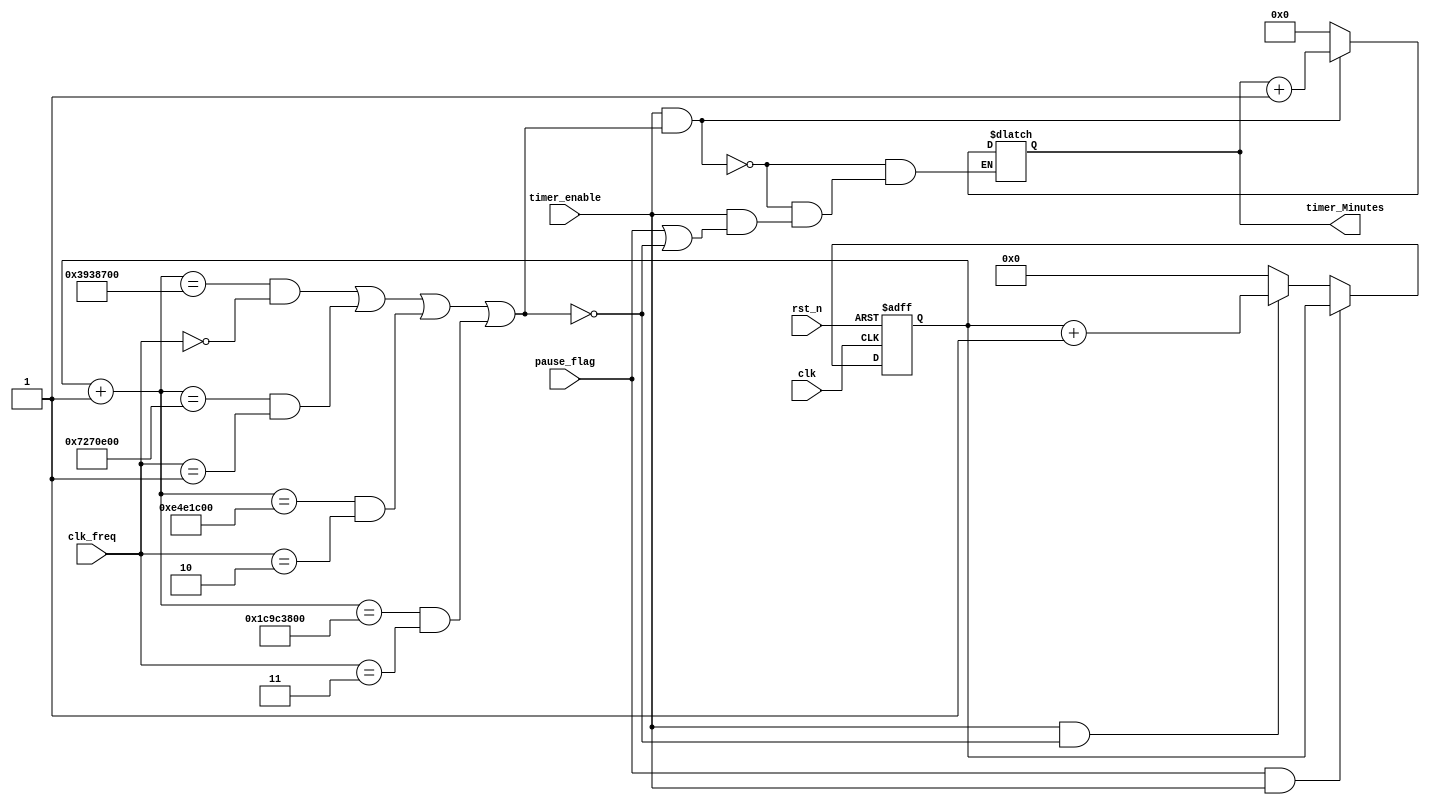
module timer #(parameter WIDTH=29 , 
               parameter final_value_1_mega_hz = 'd60*(10**6),  // to count 1 minute , product 60 second by frequency 
               parameter final_value_2_mega_hz = 'd60*2*(10**6),   
               parameter final_value_4_mega_hz = 'd60*4*(10**6),    
               parameter final_value_8_mega_hz = 'd60*8*(10**6)) (
   
    input  wire             clk,
    input  wire             rst_n,
    input  wire   [1:0]     clk_freq,
    input  wire             timer_enable,
    input  wire             pause_flag,
    output reg    [4:0]     timer_Minutes  //5 bits because it count the minutes from 1 to 32 minutes but max minutes in my code is 17 minutes
);




               

 reg  [WIDTH-1:0]     edges_counter_internal; //counter for edges that incremented by 1 every active edge for clock 
 reg  [WIDTH-1:0]     edges_counter;         //this register for make edges_counter_internal is reg
 wire                 final_value_flag;      //declare a flag to control the counter  

 


// decalare counter with active low  reset 
 always @(posedge clk or negedge rst_n)
  begin
    if (!rst_n)
     begin
      edges_counter<='b0; 
     end 
    else 
     begin
      edges_counter<=edges_counter_internal;
     end
  end
// always block to declare rtl of counter to count one second depend on frequency
// 1-the counter will pause only if the machine is on and the flag of pause is asserted
// 2-the counter will increment till  final_value_flag is asserted which mean the counts of one minute is done (equation is 60 * frequency = 1 minute)
// 3-if no pause and the counter reach final value to calcualte second so it will reset again to zero to calculate a new second 
    always @(*) 
     begin
        if (pause_flag&&timer_enable)  
         begin
          edges_counter_internal=edges_counter;
         end
        else  if(timer_enable&&!final_value_flag) 
         begin
          edges_counter_internal=edges_counter+1'b1;
         end
         else
          begin 
            edges_counter_internal='b0;
          end
     end 
// always block to declare rtl of counter to count minutes 
// 1- this counter to count minutes depend on the previous counter which count on minute only and it will assert the final_value_flag evert one minute 
// 2- the else if to pause the counter of minutes when pause_flag is assert and I can't delete this case (because counter will reset to zero without it)
// 3- if the machine in ideal state then counter will be reset to zero 
   always@(*)
    begin
        if(timer_enable&&final_value_flag) 
         begin
          timer_Minutes=timer_Minutes+1'b1;
         end
        else if ((timer_enable) &&(pause_flag||(!final_value_flag)))
         begin
          timer_Minutes=timer_Minutes;
         end
         else
          begin 
            timer_Minutes='b0;
          end  
    end  
//assert final_value_flag with 1 if counter of one second equal final value to reset counter  to zero and count a new second and increment the minutes_counter
assign final_value_flag =((((edges_counter+1'b1)==final_value_1_mega_hz)&&(clk_freq==2'b00))||(((edges_counter+1'b1)==final_value_2_mega_hz)&&(clk_freq==2'b01))||(((edges_counter+1'b1)==final_value_4_mega_hz)&&(clk_freq==2'b10))||(((edges_counter+1'b1)==final_value_8_mega_hz)&&(clk_freq==2'b11)));

endmodule